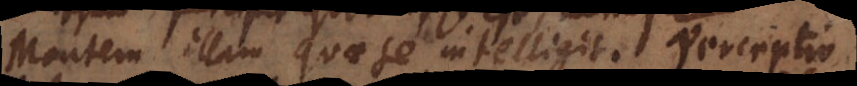
Mentem illam quae se intelligit. Sententi